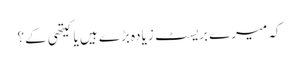
کہ میرے بریسٹ زیادہ بڑے ہیں یا کیتھی کے؟